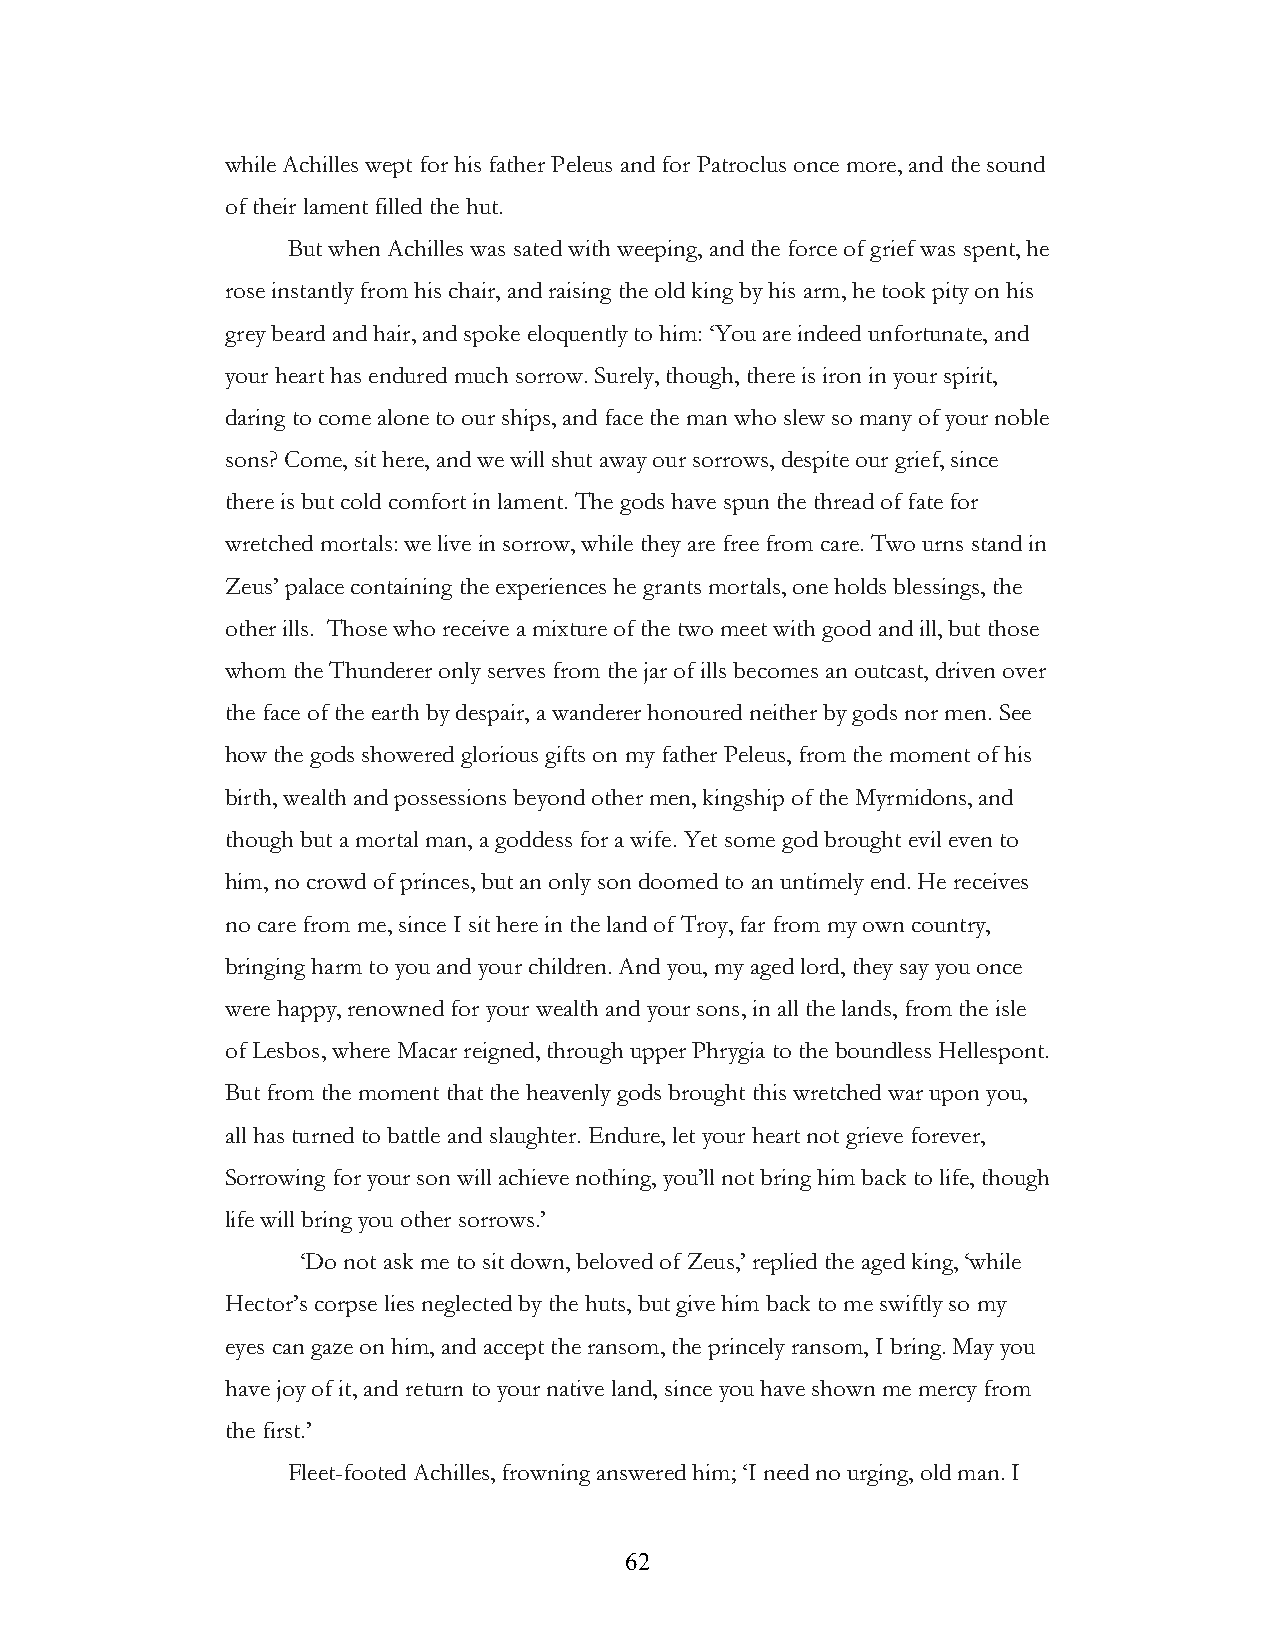
while Achilles wept for his father Peleus and for Patroclus once more, and the sound
 of their lament filled the hut.
 But when Achilles was sated with weeping, and the force of grief was spent, he
 rose instantly from his chair, and raising the old king by his arm, he took pity on his
 grey beard and hair, and spoke eloquently to him: ‘You are indeed unfortunate, and
 your heart has endured much sorrow. Surely, though, there is iron in your spirit,
 daring to come alone to our ships, and face the man who slew so many of your noble
 sons? Come, sit here, and we will shut away our sorrows, despite our grief, since
 there is but cold comfort in lament. The gods have spun the thread of fate for
 wretched mortals: we live in sorrow, while they are free from care. Two urns stand in
 Zeus’ palace containing the experiences he grants mortals, one holds blessings, the
 other ills. Those who receive a mixture of the two meet with good and ill, but those
 whom the Thunderer only serves from the jar of ills becomes an outcast, driven over
 the face of the earth by despair, a wanderer honoured neither by gods nor men. See
 how the gods showered glorious gifts on my father Peleus, from the moment of his
 birth, wealth and possessions beyond other men, kingship of the Myrmidons, and
 though but a mortal man, a goddess for a wife. Yet some god brought evil even to
 him, no crowd of princes, but an only son doomed to an untimely end. He receives
 no care from me, since I sit here in the land of Troy, far from my own country,
 bringing harm to you and your children. And you, my aged lord, they say you once
 were happy, renowned for your wealth and your sons, in all the lands, from the isle
 of Lesbos, where Macar reigned, through upper Phrygia to the boundless Hellespont.
 But from the moment that the heavenly gods brought this wretched war upon you,
 all has turned to battle and slaughter. Endure, let your heart not grieve forever,
 Sorrowing for your son will achieve nothing, you’ll not bring him back to life, though
 life will bring you other sorrows.’
 ‘Do not ask me to sit down, beloved of Zeus,’ replied the aged king, ‘while
 Hector’s corpse lies neglected by the huts, but give him back to me swiftly so my
 eyes can gaze on him, and accept the ransom, the princely ransom, I bring. May you
 have joy of it, and return to your native land, since you have shown me mercy from
 the first.’
 Fleet-footed Achilles, frowning answered him; ‘I need no urging, old man. I
 !                         62